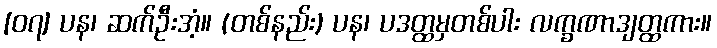
[၀၇] ပန၊ ဆက်ဦးအံ့။ (တစ်နည်း) ပန၊ ပဒတ္ထမှတစ်ပါး လက္ခဏာဒျတ္ထကား။